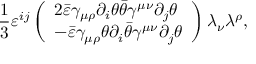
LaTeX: \frac 1 3 \varepsilon ^ { i j } \left( \begin{array} { l } { { 2 \bar { \varepsilon } \gamma _ { \mu \rho } \partial _ { i } \theta \bar { \theta } \gamma ^ { \mu \nu } \partial _ { j } \theta } } \\ { { - \bar { \varepsilon } \gamma _ { \mu \rho } \theta \partial _ { i } \bar { \theta } \gamma ^ { \mu \nu } \partial _ { j } \theta } } \end{array} \right) \lambda _ { \nu } \lambda ^ { \rho } ,